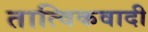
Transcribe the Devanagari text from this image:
तात्विकवादी